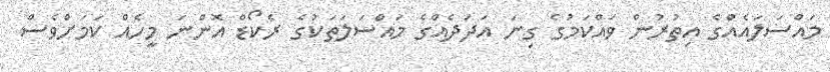
މައްސަލައެއްގެ އިތުރުން ވައްކަމުގެ ގިނަ އަދަދެއްގެ މައްސަލަތަކުގެ ރެކޯޑް އޮންނަ މީހެއް ކަމަށްވެސް